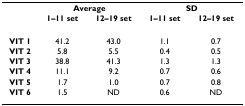
<table><thead><tr><td></td><td colspan="2"><b>Average</b></td><td colspan="2"><b>SD</b></td></tr><tr><td></td><td><b>1–11 set</b></td><td><b>12–19 set</b></td><td><b>1–11 set</b></td><td><b>12–19 set</b></td></tr></thead><tbody><tr><td><b>VIT 1</b></td><td>41.2</td><td>43.0</td><td>1.1</td><td>0.7</td></tr><tr><td><b>VIT 2</b></td><td>5.8</td><td>5.5</td><td>0.4</td><td>0.5</td></tr><tr><td><b>VIT 3</b></td><td>38.8</td><td>41.3</td><td>1.3</td><td>1.3</td></tr><tr><td><b>VIT 4</b></td><td>11.1</td><td>9.2</td><td>0.7</td><td>0.6</td></tr><tr><td><b>VIT 5</b></td><td>1.7</td><td>1.0</td><td>0.7</td><td>0.8</td></tr><tr><td><b>VIT 6</b></td><td>1.5</td><td>ND</td><td>0.6</td><td>ND</td></tr></tbody></table>